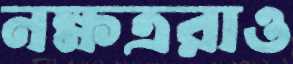
নক্ষত্ররাও